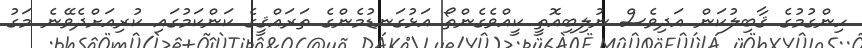
ހިންގުމުގެ ޤާބިލުކަން އަދިވެސް ނުލިބިއޮތީ ކީއްވެގެންތޯ އަޅުގަނޑުމެންގެ ތަރައްޤީގެ ކަންކަމުގައި ކުރިއަށްދެވޭނެ މަގު